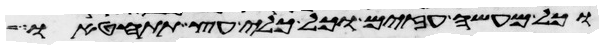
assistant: וכל מעשה עזים וכל כלי עץ תתחטאו